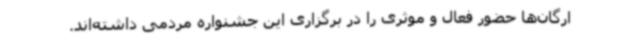
ارگان‌ها حضور فعال و موثری را در برگزاری این جشنواره مردمی داشته‌اند.